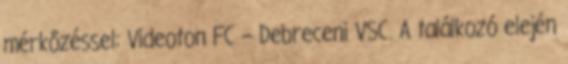
mérkőzéssel: Videoton FC – Debreceni VSC. A találkozó elején